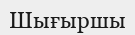
Шығыршы